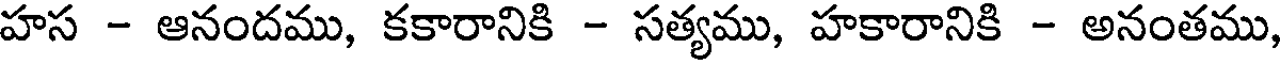
హస - ఆనందము, కకారానికి - సత్యము, హకారానికి - అనంతము,